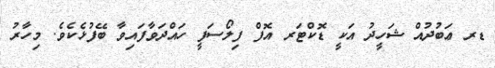
ޑރ ޢަބުދުއް ޝަހީދު އަކީ ޑޮކްޓަރ އޮފް ފިލޯސަފީ ހައްދަވާފައިވާ ބޭފުޅެކެވެ. މިހާރު